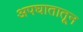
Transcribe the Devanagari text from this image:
अपघातातून